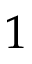
1